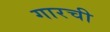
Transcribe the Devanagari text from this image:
गारची